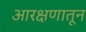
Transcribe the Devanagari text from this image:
आरक्षणातून